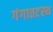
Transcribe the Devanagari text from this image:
गंगातटस्थ